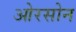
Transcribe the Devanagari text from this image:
ओरसोन